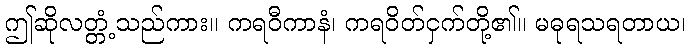
ဤဆိုလတ္တံ့သည်ကား။ ကရဝီကာနံ၊ ကရဝိတ်ငှက်တို့၏။ မဓုရသရတာယ၊